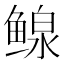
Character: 鳈